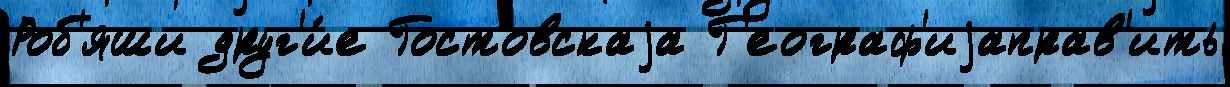
Роб'яши друг'и́е Гостовскаjа Г'еограф'иjаправ'ить